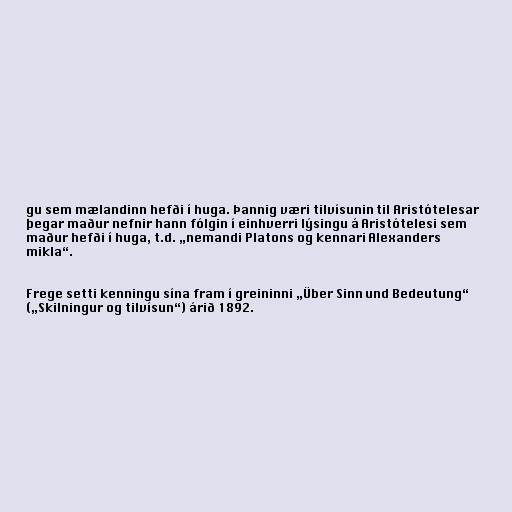
gu sem mælandinn hefði í huga. Þannig væri tilvísunin til Aristótelesar
þegar maður nefnir hann fólgin í einhverri lýsingu á Aristótelesi sem
maður hefði í huga, t.d. „nemandi Platons og kennari Alexanders
mikla“.

Frege setti kenningu sína fram í greininni „Über Sinn und Bedeutung“
(„Skilningur og tilvísun“) árið 1892.